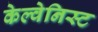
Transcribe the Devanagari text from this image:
केल्वेनिस्ट